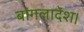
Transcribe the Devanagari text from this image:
बांगलादेश।